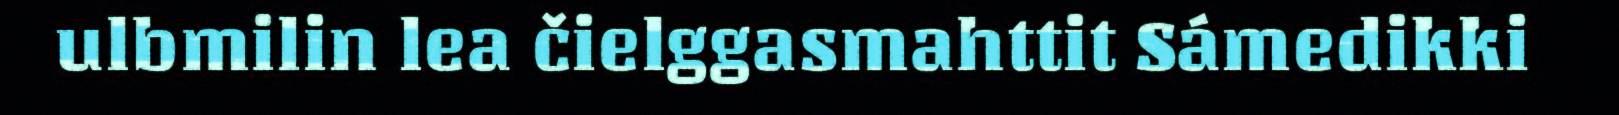
ulbmilin lea čielggasmahttit Sámedikki